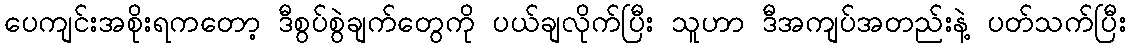
ပေကျင်းအစိုးရကတော့ ဒီစွပ်စွဲချက်တွေကို ပယ်ချလိုက်ပြီး သူဟာ ဒီအကျပ်အတည်းနဲ့ ပတ်သက်ပြီး